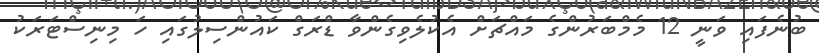
ބުނެފައި ވަނީ 12 މެމްބަރުންގެ މައްޗަށް އެކުލެވިގެންވާ ޑްރަގް ކައުންސިލުގައި ހަ މިނިސްޓަރަކު